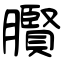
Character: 臔